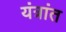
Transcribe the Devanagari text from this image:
यंत्रांत